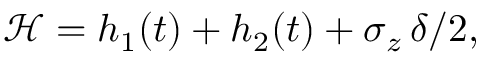
\mathcal { H } = h _ { 1 } ( t ) + h _ { 2 } ( t ) + \sigma _ { z } \, \delta / 2 ,